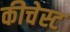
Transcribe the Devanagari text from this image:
कीचेस्ट